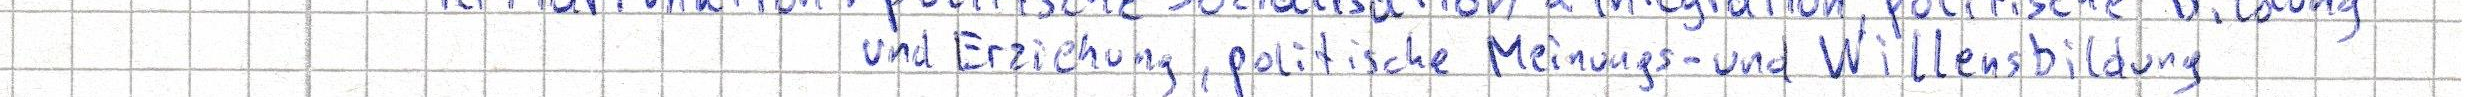
und Erziehung, politische Meinungs- und Willensbildung